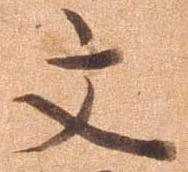
文